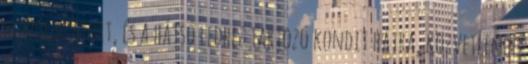
kondenzátort, és a hátsó ledhez tartozó kondit hátra, közvetlenül